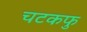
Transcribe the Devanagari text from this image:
चटकफु